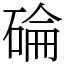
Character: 碖